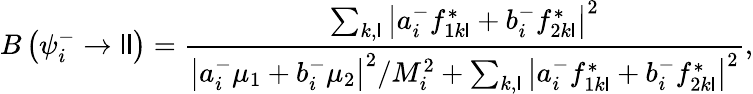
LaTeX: B\left(\psi_{i}^{-}\to\mathsf{l}\mathsf{l}\right)={\frac{{\sum_{k,\mathsf{l}}\left|a_{i}^{-}f_{1k\mathsf{l}}^{\ast}+b_{i}^{-}f_{2k\mathsf{l}}^{\ast}\right|^{2}}}{{\left|a_{i}^{-}\mu_{1}+b_{i}^{-}\mu_{2}\right|^{2}/M_{i}^{2}+\sum_{k,\mathsf{l}}\left|a_{i}^{-}f_{1k\mathsf{l}}^{*}+b_{i}^{-}f_{2k\mathsf{l}}^{*}\right|^{2}}}},